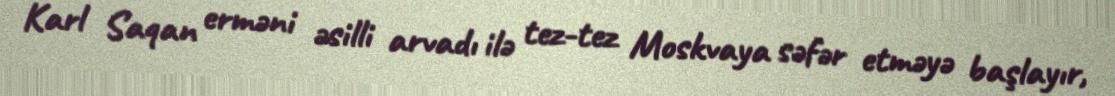
Karl Saqan erməni əsilli arvadı ilə tez-tez Moskvaya səfər etməyə başlayır,